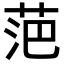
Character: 𮏍